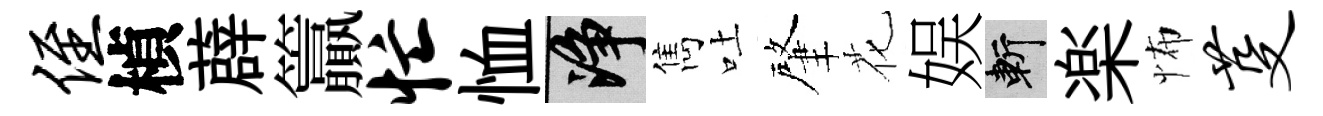
侄楨薜籯忙恤净雋吐肇花娱斬楽怖芟